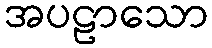
အပဠာသော